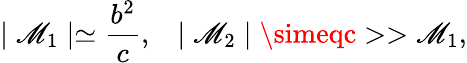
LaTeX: \mid\mathscr{M}_{1}\mid\simeq\frac{{b^{2}}}{{c}},\; \; \; \mid\mathscr{M}_{2}\mid\simeqc>>\mathscr{M}_{1},